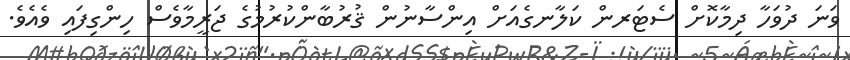
ވަނަ ދުވަހާ ދިމާކޮށް ސެޓަރން ކަލާނގެއަށް އިންސާނުން ޤުރުބާންކުރުމުގެ ޖަރީމާވެސް ހިންގިފައި ވެއެވެ.